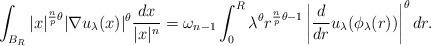
LaTeX: \begin{align*}\int_{B_R}|x|^{\frac{n}{p}\theta}|\nabla u_{\lambda}(x)|^{\theta}\frac{dx}{|x|^n}=\omega_{n-1}\int_0^R\lambda^\theta r^{\frac{n}{p}\theta-1} \left|\frac{d}{dr}u_{\lambda}(\phi_{\lambda}(r))\right|^{\theta} dr.\end{align*}